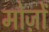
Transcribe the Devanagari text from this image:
मोज़ों